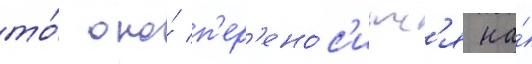
то́ оно́ п'ер'ено́с'итс'я на́